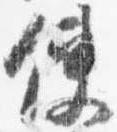
使